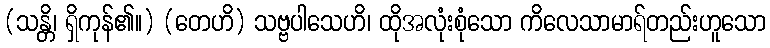
(သန္တိ၊ ရှိကုန်၏။) (တေဟိ) သဗ္ဗပါသေဟိ၊ ထိုအလုံးစုံသော ကိလေသာမာရ်တည်းဟူသော